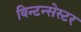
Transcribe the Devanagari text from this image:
विन्टन्सेस्टर